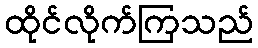
ထိုင်လိုက်ကြသည်